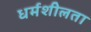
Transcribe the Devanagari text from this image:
धर्मशीलता